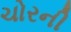
ચોરની